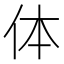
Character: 体